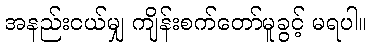
အနည်းငယ်မျှ ကျိန်းစက်တော်မူခွင့် မရပါ။